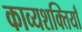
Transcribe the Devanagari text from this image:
काव्यशक्तियाँ